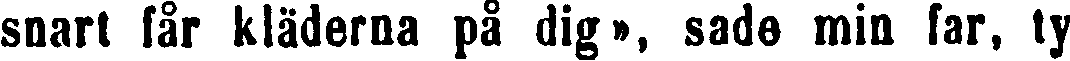
snart får kläderna på dig», sade min far, ty